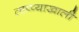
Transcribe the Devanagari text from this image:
ताप्प्याखाली